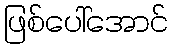
ဖြစ်ပေါ်အောင်